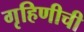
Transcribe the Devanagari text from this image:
गृहिणीची